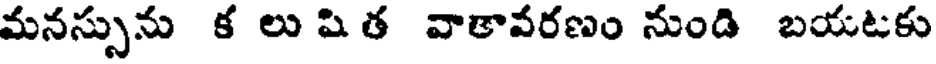
మనస్సును క లు షి త వాతావరణం నుండి బయటకు